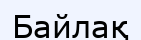
Байлақ